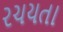
રચયતા